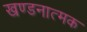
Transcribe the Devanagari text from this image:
खण्डनात्मक